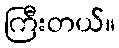
ကြီးတယ်။